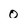
Character: 0